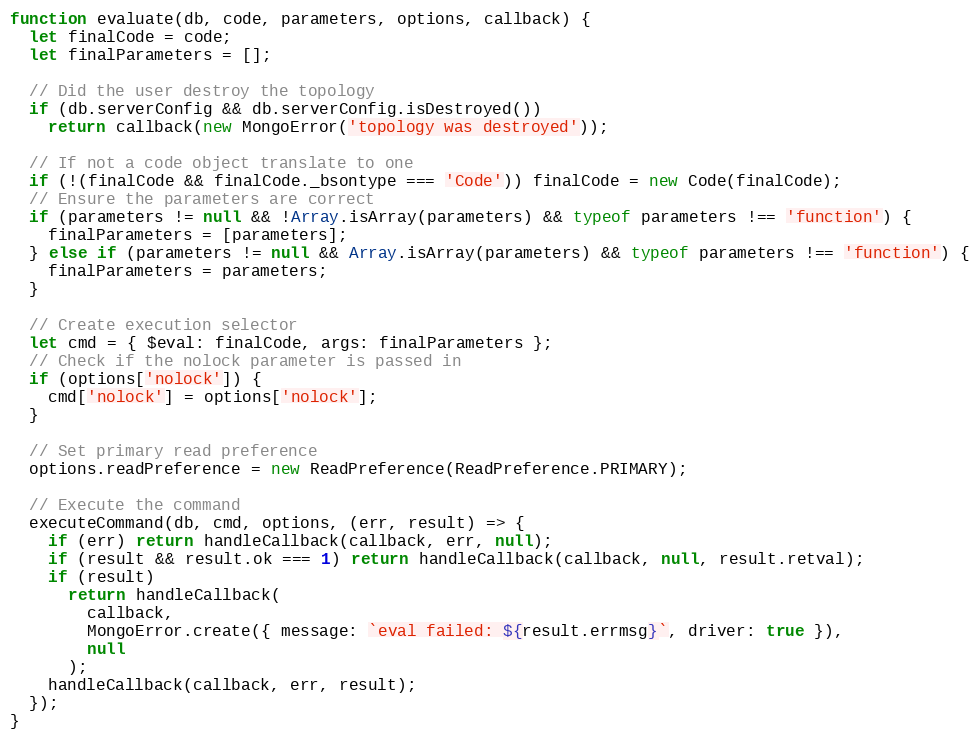
Language: JavaScript
function evaluate(db, code, parameters, options, callback) {
  let finalCode = code;
  let finalParameters = [];

  // Did the user destroy the topology
  if (db.serverConfig && db.serverConfig.isDestroyed())
    return callback(new MongoError('topology was destroyed'));

  // If not a code object translate to one
  if (!(finalCode && finalCode._bsontype === 'Code')) finalCode = new Code(finalCode);
  // Ensure the parameters are correct
  if (parameters != null && !Array.isArray(parameters) && typeof parameters !== 'function') {
    finalParameters = [parameters];
  } else if (parameters != null && Array.isArray(parameters) && typeof parameters !== 'function') {
    finalParameters = parameters;
  }

  // Create execution selector
  let cmd = { $eval: finalCode, args: finalParameters };
  // Check if the nolock parameter is passed in
  if (options['nolock']) {
    cmd['nolock'] = options['nolock'];
  }

  // Set primary read preference
  options.readPreference = new ReadPreference(ReadPreference.PRIMARY);

  // Execute the command
  executeCommand(db, cmd, options, (err, result) => {
    if (err) return handleCallback(callback, err, null);
    if (result && result.ok === 1) return handleCallback(callback, null, result.retval);
    if (result)
      return handleCallback(
        callback,
        MongoError.create({ message: `eval failed: ${result.errmsg}`, driver: true }),
        null
      );
    handleCallback(callback, err, result);
  });
}